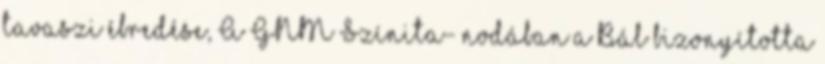
tavaszi ébredése, A GNM Színita- nodában a Bál bizonyította